Leaving Certificate Examination, 1913
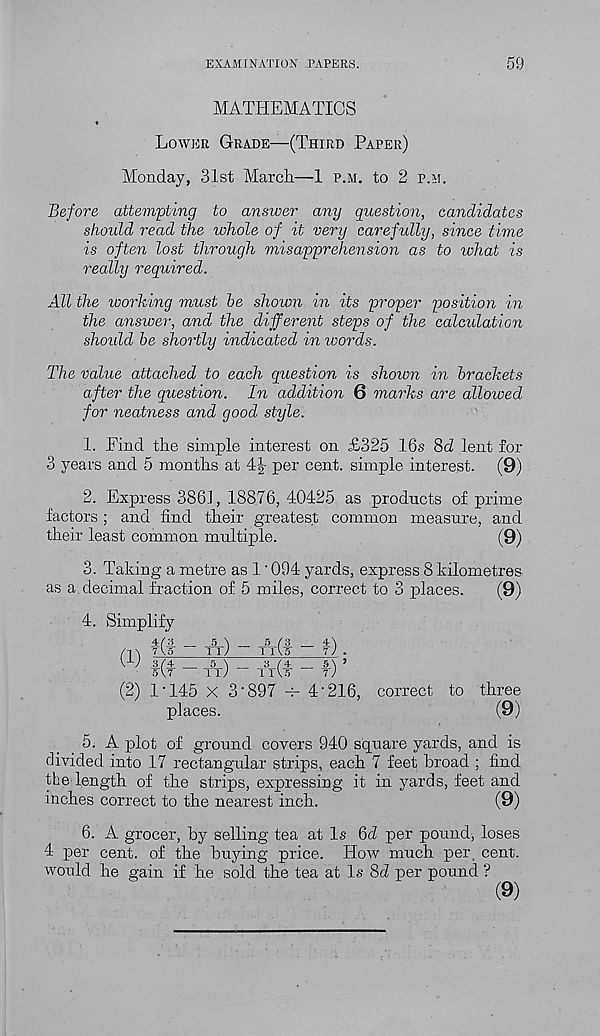
EXAMINATION PAPERS.
59
MATHEMATICS
*
Lower Grade—(Third Paper)
Monday, 31st March.—1 p.m. to 2 p.m.
Before attempting to answer any question, candidates
should read the whole of it very carefully, since time
is often lost through misapprehension as to what is
really required.
All the working must he shown in its proper position in
the answer, and the different steps of the calculation
should be shortly indicated in words.
The value attached to each question is shown in brackets
after the question. In addition 6 marks are alloioed
for neatness and good style.
1. Find the simple interest on £325 16s 8d lent for
3 years and 5 months at 4|- per cent, simple interest. (9)
2. Express 3861, 18876, 40425 as products of prime
factors ; and find their greatest common measure, and
their least common multiple.
(9)
3. Taking a metre as 1'094 yards, express 8 kilometres
as a decimal fraction of 5 miles, correct to 3 places.
(9)
4. Simplify
4(3
5 \
5/3 _ 4'\
/T \ 7A5~
ll/>
IT Vs
7 / .
\ L J 3/4
5 \ _ 3/4
5_\ 5
5 \7
11/
llVs
7 /
(2) 1-145 x 3‘897 -4- 4-216, correct to three
places.
(9)
5. A plot of ground covers 940 square yards, and is
divided into 17 rectangular strips, each 7 feet broad ; find
the length of the strips, expressing it in yards, feet and
inches correct to the nearest inch.
(9)
6. A grocer, by selling tea at Is Qd per pound, loses
4 per cent, of the buying price. How much per, cent,
would he gain if he sold the tea at Is 8d per pound ?
(9)